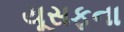
યૂસફના